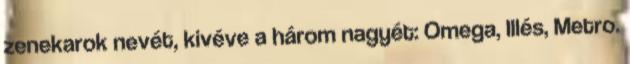
zenekarok nevét, kivéve a három nagyét: Omega, Illés, Metro.